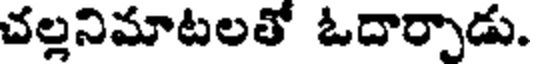
చల్లనిమాటలతో ఓదార్పాడు.